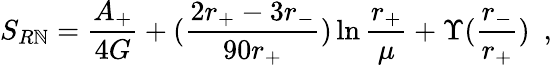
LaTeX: S_{R\mathbb{N}}={\frac{{A_{+}}}{{4G}}}+({\frac{{2r_{+}-3r_{-}}}{{90r_{+}}}})\ln{\frac{{r_{+}}}{{\mu}}}+\Upsilon({\frac{{r_{-}}}{{r_{+}}}})~~,